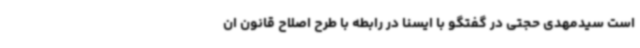
است سیدمهدی حجتی در گفتگو با ایسنا در رابطه با طرح اصلاح قانون ان